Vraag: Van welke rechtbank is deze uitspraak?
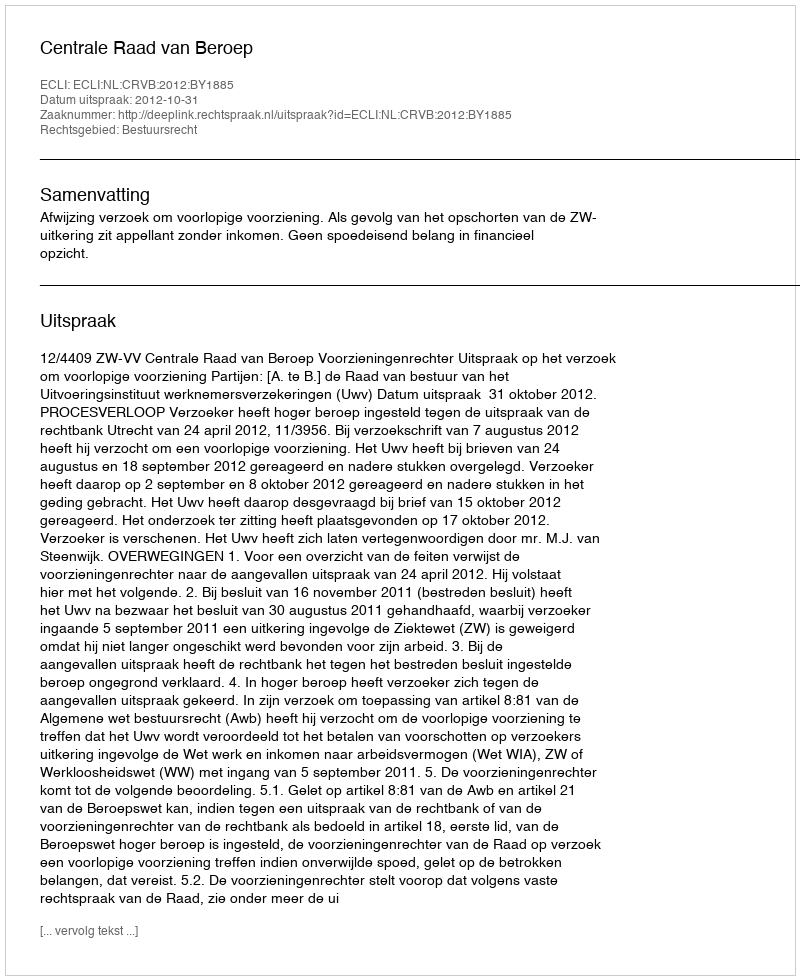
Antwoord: Centrale Raad van Beroep